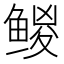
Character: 𱈅